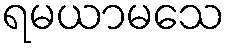
ရမယာမသေ